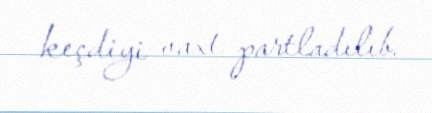
keçdiyi vaxt partladılıb.